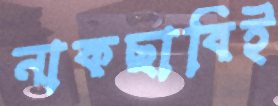
নাকছাবিই